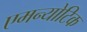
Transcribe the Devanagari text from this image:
एमन्योटिक